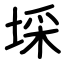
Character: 埰